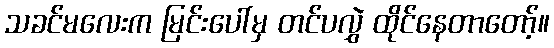
သခင်မလေးက မြင်းပေါ်မှ တင်ပလွှဲ ထိုင်နေတာတော့်။